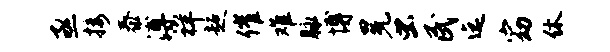
亟接泰溥祥超催难脉博冕虫民迄窈休